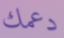
دعمك